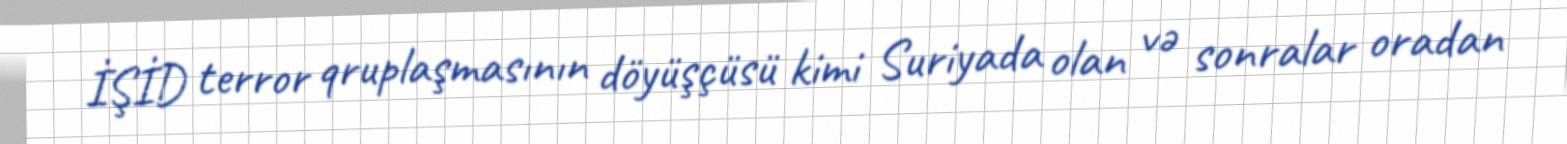
İŞİD terror qruplaşmasının döyüşçüsü kimi Suriyada olan və sonralar oradan